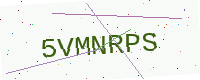
Text: 5VMNRPS